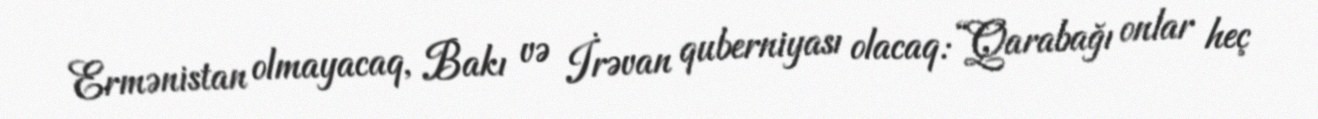
Ermənistan olmayacaq, Bakı və İrəvan quberniyası olacaq: “Qarabağı onlar heç